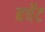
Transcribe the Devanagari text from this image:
बर्चेट